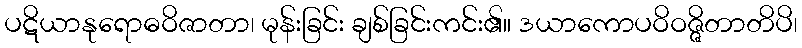
ပဋိယာနုရောဓဝိဇာတာ၊ မုန်းခြင်း ချစ်ခြင်းကင်း၏။ ဒယာကောပဝိဝဇ္ဇိတာတိပိ၊